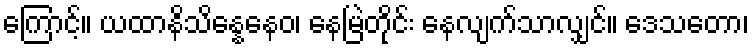
ကြောင့်။ ယထာနိသိန္နေနေဝ၊ နေမြဲတိုင်း နေလျက်သာလျှင်။ ဒေသတော၊